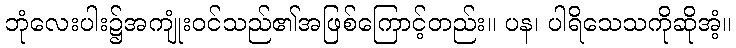
ဘုံလေးပါး၌အကျုံးဝင်သည်၏အဖြစ်ကြောင့်တည်း။ ပန၊ ပါရိသေသကိုဆိုအံ့။